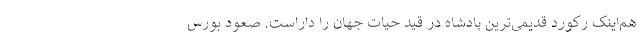
هم‌اینک رکورد قدیمی‌ترین پادشاه در قید حیات جهان را داراست. صعود بورس